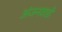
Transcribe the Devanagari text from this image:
अंजनवाडी